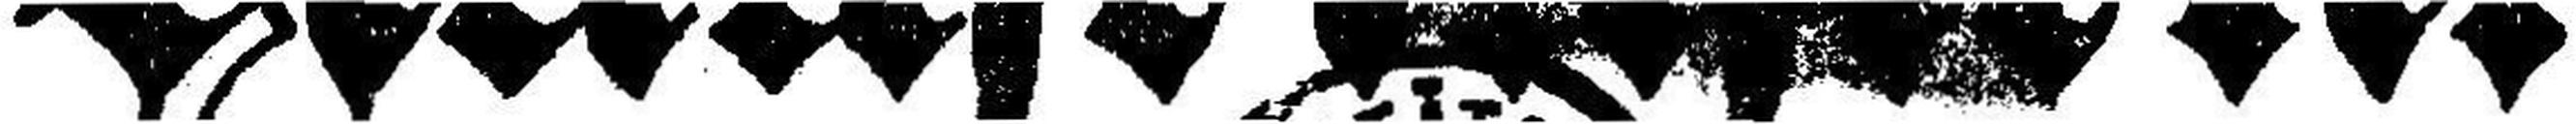
Nachrichten.